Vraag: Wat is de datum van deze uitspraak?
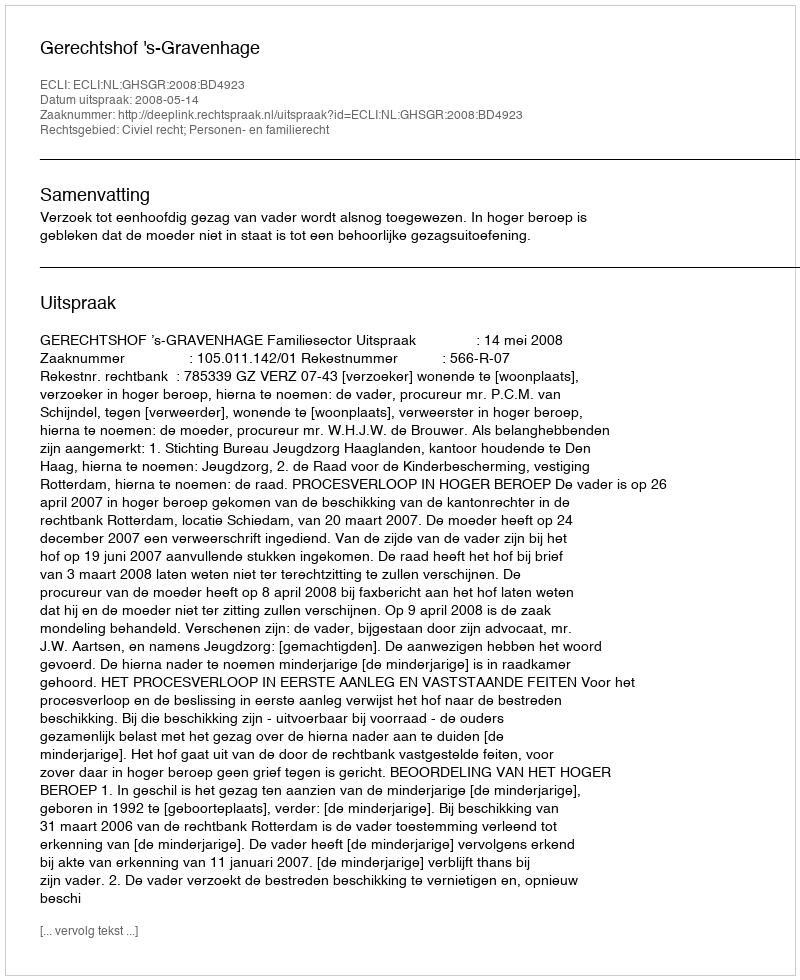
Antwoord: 2008-05-14